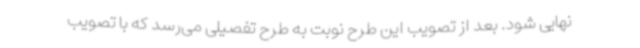
نهایی شود. بعد از تصویب این طرح نوبت به طرح تفصیلی می‌رسد که با تصویب